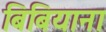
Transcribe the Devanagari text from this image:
बिबियाना